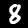
Digit: 8